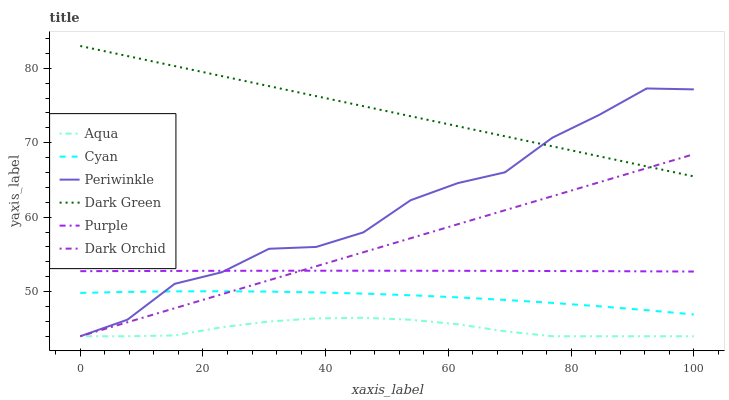
| xaxis_label | Aqua | Cyan | Periwinkle | Dark Green | Purple | Dark Orchid |
 | --- | --- | --- | --- | --- | --- | --- |
 | 0 | 44 | 49.8 | 44 | 83 | 52.7 | 44 |
 | 7.69 | 44 | 50 | 46.2 | 81.7 | 52.8 | 45.9 |
 | 15.4 | 44.1 | 50 | 51 | 80.3 | 52.8 | 47.8 |
 | 23.1 | 45.2 | 50 | 52.6 | 79 | 52.8 | 49.6 |
 | 30.8 | 46 | 50 | 55.8 | 77.6 | 52.8 | 51.5 |
 | 38.5 | 46.4 | 49.9 | 56 | 76.3 | 52.8 | 53.4 |
 | 46.2 | 46.5 | 49.7 | 58 | 74.9 | 52.8 | 55.3 |
 | 53.8 | 46.2 | 49.5 | 62.3 | 73.6 | 52.8 | 57.2 |
 | 61.5 | 45.6 | 49.2 | 64.6 | 72.2 | 52.8 | 59.1 |
 | 69.2 | 44.7 | 48.9 | 66 | 70.9 | 52.8 | 60.9 |
 | 76.9 | 44 | 48.5 | 70.7 | 69.5 | 52.8 | 62.8 |
 | 84.6 | 44 | 48 | 73.8 | 68.2 | 52.7 | 64.7 |
 | 92.3 | 44 | 47.5 | 77.3 | 66.8 | 52.7 | 66.6 |
 | 100 | 44 | 46.9 | 77.2 | 65.5 | 52.7 | 68.5 |